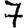
Digit: 7